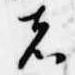
者